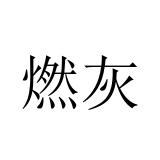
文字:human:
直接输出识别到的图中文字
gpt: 燃灰